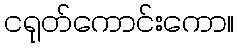
ငရုတ်ကောင်းကော။